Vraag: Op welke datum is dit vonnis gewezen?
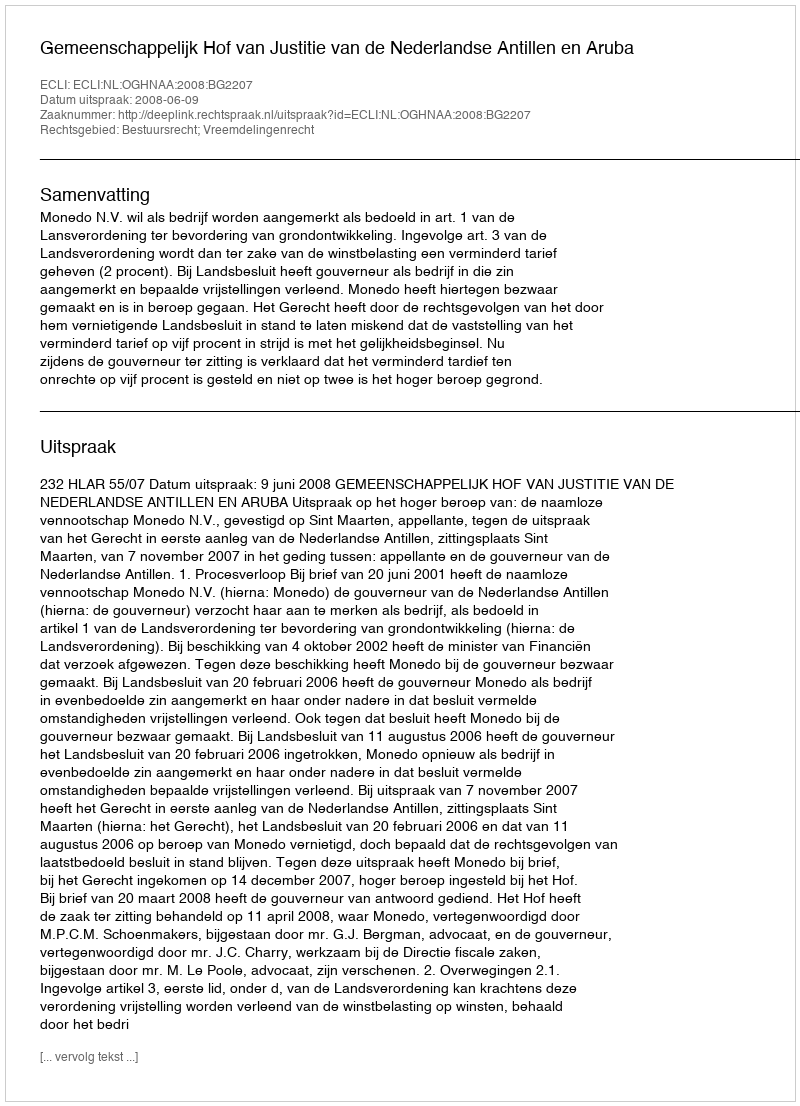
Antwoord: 2008-06-09